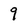
Character: 9